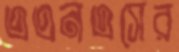
এএনএসের